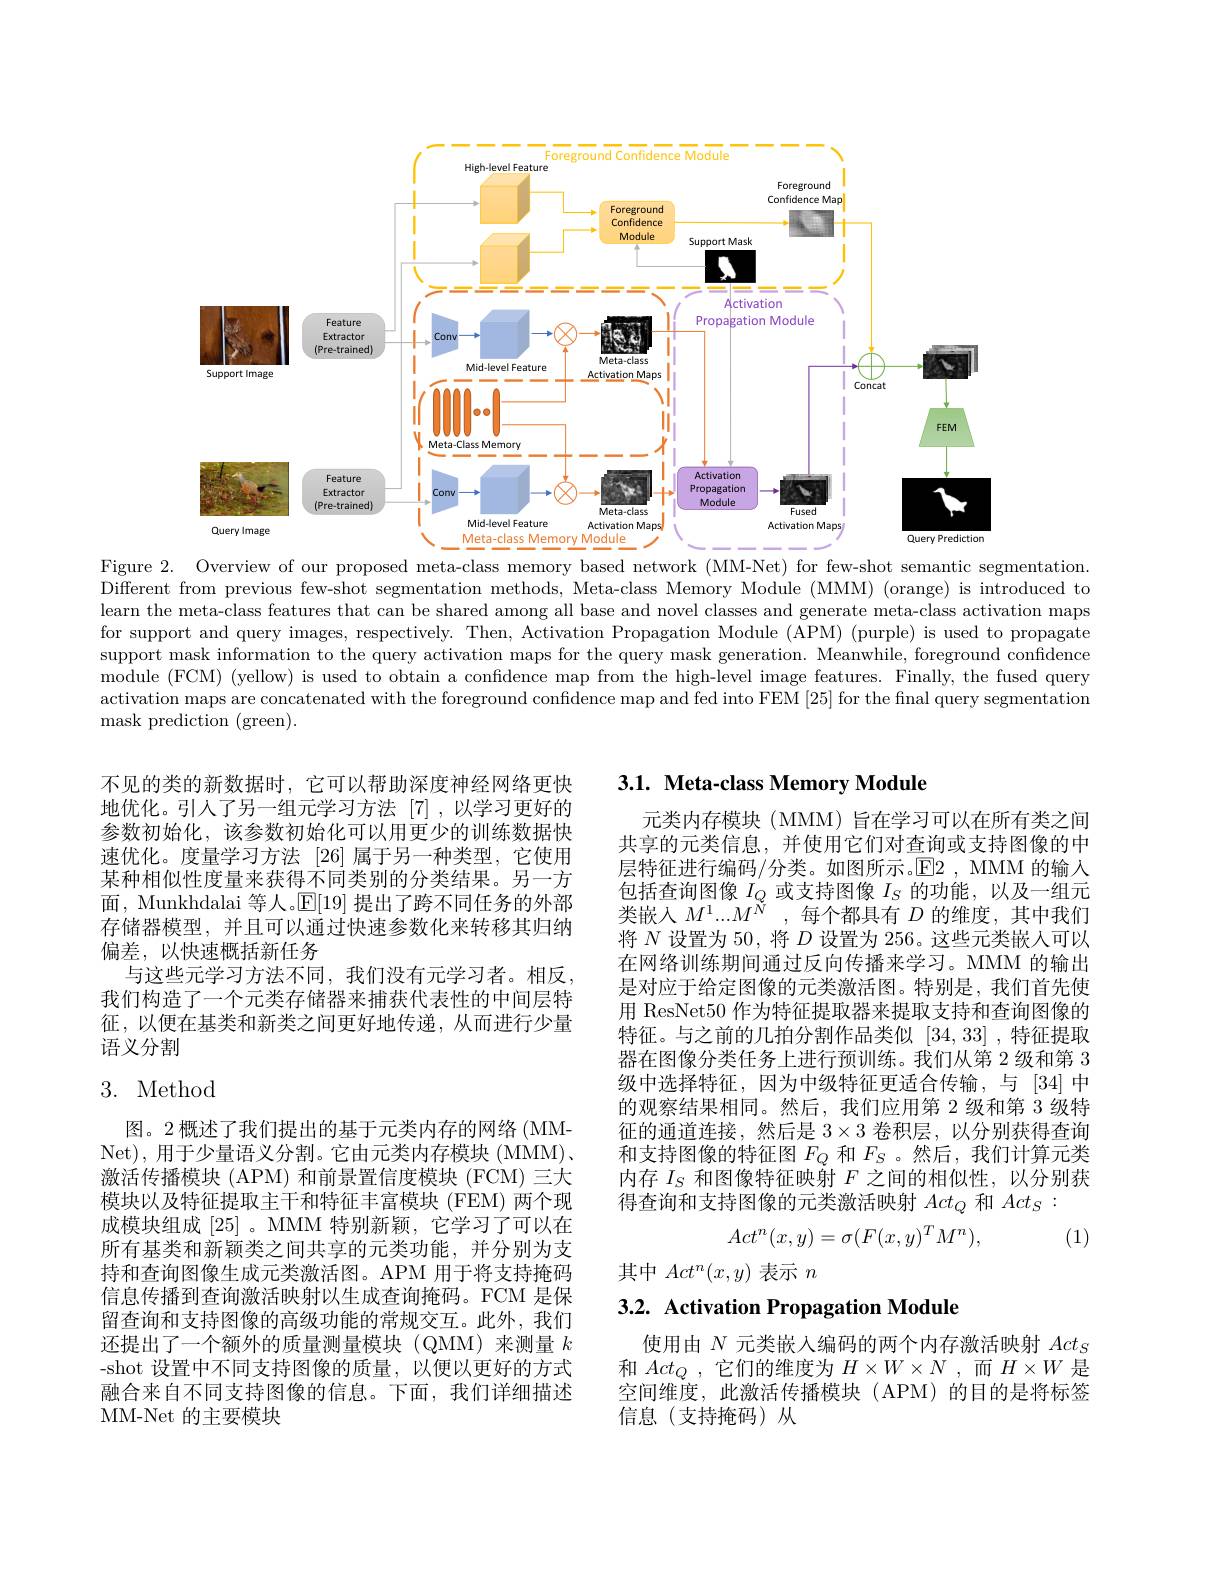
<FigureHere>
Figure 2. Overview of our proposed meta-class memory based network (MM-Net) for few-shot semantic segmentation.

Different from previous few-shot segmentation methods, Meta-class Memory Module (MMM) (orange) is introduced to learn the meta-class features that can be shared among all base and novel classes and generate meta-class activation maps for support and query images, respectively. Then, Activation Propagation Module (APM) (purple) is used to propagate support mask information to the query activation maps for the query mask generation. Meanwhile, foreground confidence module (FCM) (yellow) is used to obtain a confidence map from the high-level image features. Finally, the fused query activation maps are concatenated with the foreground confidence map and fed into FEM [25] for the final query segmentation mask prediction (green).

## $3. 1. \textbf{ Meta- class Memory Module}$

不见的类的新数据时，它可以帮助深度神经网络更快地优化。引人了另一组元学习方法 [7],以学习更好的参数初始化，该参数初始化可以用更少的训练数据快速优化。度量学习方法 [26]属于另一种类型，它使用某种相似性度量来获得不同类别的分类结果。另一方面，Munkhdalai 等人。$\mathbb{E}[19]$提出了跨不同任务的外部存储器模型，并且可以通过快速参数化来转移其归纳偏差，以快速概括新任务
与这些元学习方法不同，我们没有元学习者。相反， 我们构造了一个元类存储器来捕获代表性的中间层特征，以便在基类和新类之间更好地传递，从而进行少量语义分割

元类内存模块(MMM)旨在学习可以在所有类之间共享的元类信息，并使用它们对查询或支持图像的中层特征进行编码/分类。如图所示。$\operatorname{E2},\operatorname{MMM}$的输入包括查询图像$I_Q$或支持图像$I_S$的功能，以及一组元类嵌入$M^1. . . M^N$ ,每个都具有$D$ 的维度，其中我们将$N$设置为 50, 将$D$设置为 256。这些元类嵌人可以在网络训练期间通过反向传播来学习。MMM 的输出是对应于给定图像的元类激活图。特别是，我们首先使用 ResNet50 作为特征提取器来提取支持和查询图像的特征。与之前的几拍分割作品类似[34,33] ,特征提取器在图像分类任务上进行预训练。我们从第 2 级和第 3级中选择特征，因为中级特征更适合传输，与 [34]中的观察结果相同。然后，我们应用第 2 级和第 3 级特征的通道连接，然后是$3\times3$卷积层，以分别获得查询和支持图像的特征图$F_Q$和$F_S$ 。然后，我们计算元类内存$I_S$和图像特征映射$F$之间的相似性，以分别获得查询和支持图像的元类激活映射$Act_Q$和$Act_S:$
$$Act^n(x,y)=\sigma(F(x,y)^TM^n),$$
## 3. Method

(1)

其中$Act^n(x,y)$表示$n$

图。2 概述了我们提出的基于元类内存的网络 (MMNet), 用于少量语义分割。它由元类内存模块(MMM)、 激活传播模块 (APM) 和前景置信度模块 (FCM) 三大模块以及特征提取主干和特征丰富模块 (FEM) 两个现成模块组成[25] 。MMM 特别新颖，它学习了可以在所有基类和新颖类之间共享的元类功能，并分别为支持和查询图像生成元类激活图。APM 用于将支持掩码信息传播到查询激活映射以生成查询掩码。FCM 是保留查询和支持图像的高级功能的常规交互。此外，我们还提出了一个额外的质量测量模块(QMM)来测量$k$ -shot 设置中不同支持图像的质量，以便以更好的方式融合来自不同支持图像的信息。下面，我们详细描述MM-Net 的主要模块

# 3.2. Activation Propagation Module

使用由$N$元类嵌入编码的两个内存激活映射$Act_S$ 和$Act_Q$ ,它们的维度为$H\times W\times N$ ,而$H\times W$是空间维度，此激活传播模块(APM)的目的是将标签信息(支持掩码)从